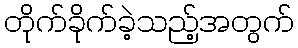
တိုက်ခိုက်ခဲ့သည့်အတွက်